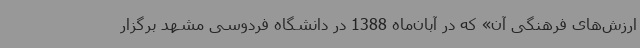
ارزش‌های فرهنگی آن» که در آبان‌ماه 1388 در دانشگاه فردوسی مشهد برگزار